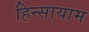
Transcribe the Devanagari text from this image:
हिन्सायाम